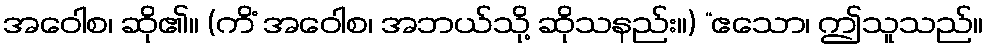
အဝေါစ၊ ဆို၏။ (ကိံ အဝေါစ၊ အဘယ်သို့ ဆိုသနည်း။) “ဧသော၊ ဤသူသည်။